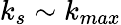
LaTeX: k_{s}\sim k_{max}